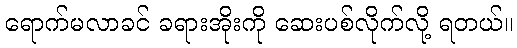
ရောက်မလာခင် ခရားအိုးကို ဆေးပစ်လိုက်လို့ ရတယ်။